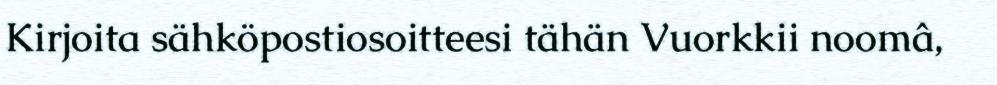
Kirjoita sähköpostiosoitteesi tähän Vuorkkii noomâ,